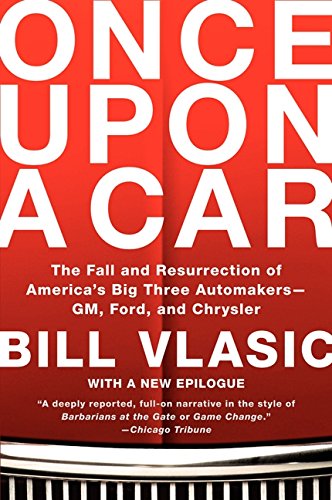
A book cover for Once Upon a Car: The Fall and Resurrection of America's Big Three Automakers--GM, Ford, and Chrysler; Bill Vlasic; Business & Money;